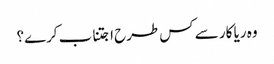
وہ ریا کار سے کس طرح اجتناب کرے؟